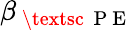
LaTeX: \beta_{\mathrm{~\textsc~{~P~E~}~}}